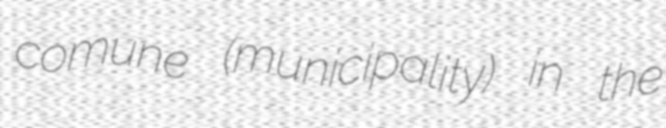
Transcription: comune (municipality) in the